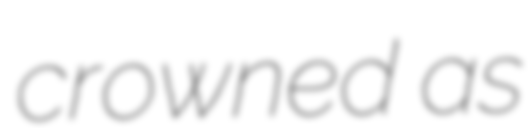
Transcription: crowned as